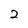
Character: 2